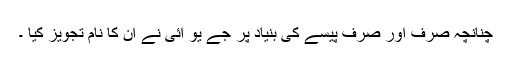
چنانچہ صرف اور صرف پیسے کی بنیاد پر جے یو آئی نے ان کا نام تجویز کیا ۔